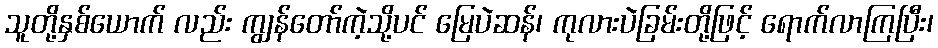
သူတို့နှစ်ယောက် လည်း ကျွန်တော်ကဲ့သို့ပင် မြေပဲဆန်၊ ကုလားပဲခြမ်းတို့ဖြင့် ရောက်လာကြပြီး၊